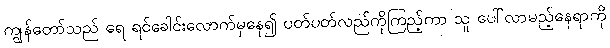
ကျွန်တော်သည် ရေ ရင်ခေါင်းလောက်မှနေ၍ ပတ်ပတ်လည်ကိုကြည့်ကာ သူ ပေါ်လာမည့်နေရာကို